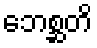
ဘေစ္ဆတိ